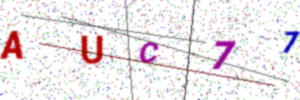
Text: AUC77